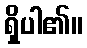
ရှိပါ၏။